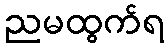
ညမထွက်ရ